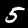
Digit: 5